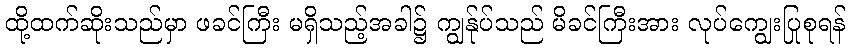
ထို့ထက်ဆိုးသည်မှာ ဖခင်ကြီး မရှိသည့်အခါ၌ ကျွန်ုပ်သည် မိခင်ကြီးအား လုပ်ကျွေးပြုစုရန်